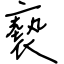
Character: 褻